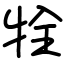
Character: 牷